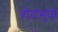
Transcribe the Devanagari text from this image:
बोटांमुळे